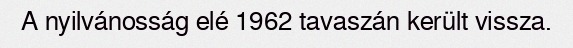
A nyilvánosság elé 1962 tavaszán került vissza.